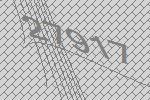
27917